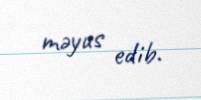
məyus edib.